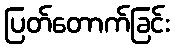
ပြတ်တောက်ခြင်း